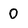
Character: 0